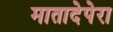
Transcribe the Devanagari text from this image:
मातादेपेरा